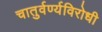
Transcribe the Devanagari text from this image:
चातुर्वर्ण्यविरोधी